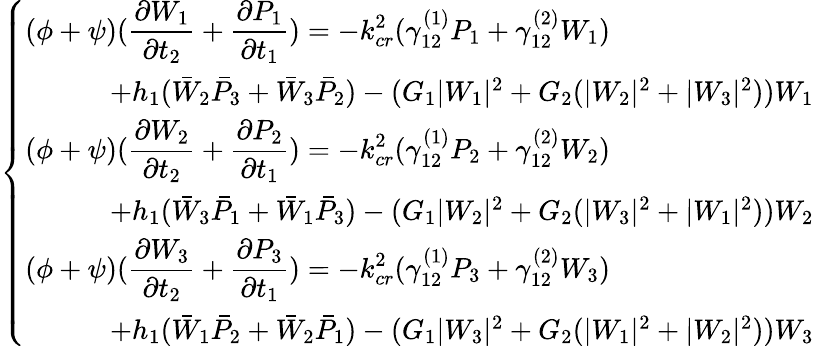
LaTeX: \left\{ \begin{array}{ll}{(\phi+\psi)\displaystyle(\frac{\partial W_{1}}{\partial t_{2}}+\frac{\partial P_{1}}{\partial t_{1}})=-k_{cr}^{2}(\gamma_{12}^{(1)}P_{1}+\gamma_{12}^{(2)}W_{1})}\\ {\qquad\quad+h_{1}(\bar{W}_{2}\bar{P}_{3}+\bar{W}_{3}\bar{P}_{2})-(G_{1}\vert W_{1}\vert^{2}+G_{2}(\vert W_{2}\vert^{2}+\vert W_{3}\vert^{2}))W_{1}}\\ {(\phi+\psi)\displaystyle(\frac{\partial W_{2}}{\partial t_{2}}+\frac{\partial P_{2}}{\partial t_{1}})=-k_{cr}^{2}(\gamma_{12}^{(1)}P_{2}+\gamma_{12}^{(2)}W_{2})}\\ {\qquad\quad+h_{1}(\bar{W}_{3}\bar{P}_{1}+\bar{W}_{1}\bar{P}_{3})-(G_{1}\vert W_{2}\vert^{2}+G_{2}(\vert W_{3}\vert^{2}+\vert W_{1}\vert^{2}))W_{2}}\\ {(\phi+\psi)\displaystyle(\frac{\partial W_{3}}{\partial t_{2}}+\frac{\partial P_{3}}{\partial t_{1}})=-k_{cr}^{2}(\gamma_{12}^{(1)}P_{3}+\gamma_{12}^{(2)}W_{3})}\\ {\qquad\quad+h_{1}(\bar{W}_{1}\bar{P}_{2}+\bar{W}_{2}\bar{P}_{1})-(G_{1}\vert W_{3}\vert^{2}+G_{2}(\vert W_{1}\vert^{2}+\vert W_{2}\vert^{2}))W_{3}}\end{array}\right.